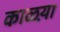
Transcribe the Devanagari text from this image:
काळय़ा